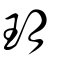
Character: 玥